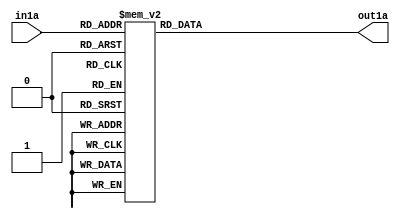
module gf2(in1a,out1a);
input [3:0] in1a;
output [3:0] out1a;
reg [3:0]out1a;
always@(in1a)
begin
case(in1a)
4'b0000:out1a=4'h0;
4'b0001:out1a=4'h2;
4'b0010:out1a=4'h4;
4'b0011:out1a=4'h6;
4'b0100:out1a=4'h8;
4'b0101:out1a=4'ha;
4'b0110:out1a=4'hc;
4'b0111:out1a=4'he;
4'b1000:out1a=4'h3;
4'b1001:out1a=4'h1;
4'b1010:out1a=4'h7;
4'b1011:out1a=4'h5;
4'b1100:out1a=4'hb;
4'b1101:out1a=4'h9;
4'b1110:out1a=4'hf;
4'b1111:out1a=4'hd;
endcase
end
endmodule